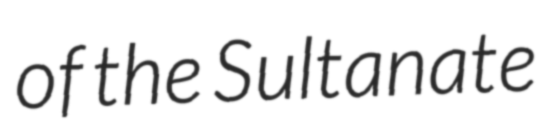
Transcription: of the Sultanate